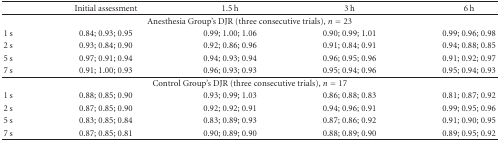
<table><thead><tr><td></td><td><b>Initial assessment</b></td><td><b>1.5 h</b></td><td><b>3 h</b></td><td><b>6 h</b></td></tr></thead><tbody><tr><td colspan="5">Anesthesia Group&#x27;s DJR (three consecutive trials), <i>n</i> = 23</td></tr><tr><td>1 s</td><td>0.84; 0.93; 0.95</td><td>0.99; 1.00; 1.06</td><td>0.90; 0.99; 1.01</td><td>0.99; 0.96; 0.98</td></tr><tr><td>2 s</td><td>0.93; 0.84; 0.90</td><td>0.92; 0.86; 0.96</td><td>0.91; 0.84; 0.91</td><td>0.94; 0.88; 0.85</td></tr><tr><td>5 s</td><td>0.97; 0.91; 0.94</td><td>0.94; 0.93; 0.94</td><td>0.96; 0.95; 0.96</td><td>0.91; 0.92; 0.97</td></tr><tr><td>7 s</td><td>0.91; 1.00; 0.93</td><td>0.96; 0.93; 0.93</td><td>0.95; 0.94; 0.96</td><td>0.95; 0.94; 0.93</td></tr><tr><td colspan="5">Control Group&#x27;s DJR (three consecutive trials), <i>n</i> = 17</td></tr><tr><td>1 s</td><td>0.88; 0.85; 0.90</td><td>0.93; 0.99; 1.03</td><td>0.86; 0.88; 0.83</td><td>0.81; 0.87; 0.92</td></tr><tr><td>2 s</td><td>0.87; 0.85; 0.90</td><td>0.92; 0.92; 0.91</td><td>0.94; 0.96; 0.91</td><td>0.99; 0.95; 0.96</td></tr><tr><td>5 s</td><td>0.83; 0.85; 0.84</td><td>0.83; 0.89; 0.93</td><td>0.87; 0.86; 0.92</td><td>0.91; 0.90; 0.95</td></tr><tr><td>7 s</td><td>0.87; 0.85; 0.81</td><td>0.90; 0.89; 0.90</td><td>0.88; 0.89; 0.90</td><td>0.89; 0.95; 0.92</td></tr></tbody></table>